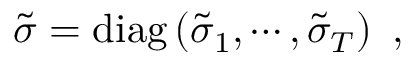
\tilde { \sigma } = \mathrm { d i a g } \left( \tilde { \sigma } _ { 1 } , \cdots , \tilde { \sigma } _ { T } \right) \ ,